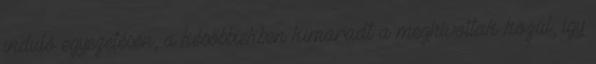
induló egyezetésen, a későbbiekben kimaradt a meghívottak közül, így